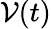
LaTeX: \mathcal{V}(t)